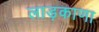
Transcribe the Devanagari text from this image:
लाड़काणा